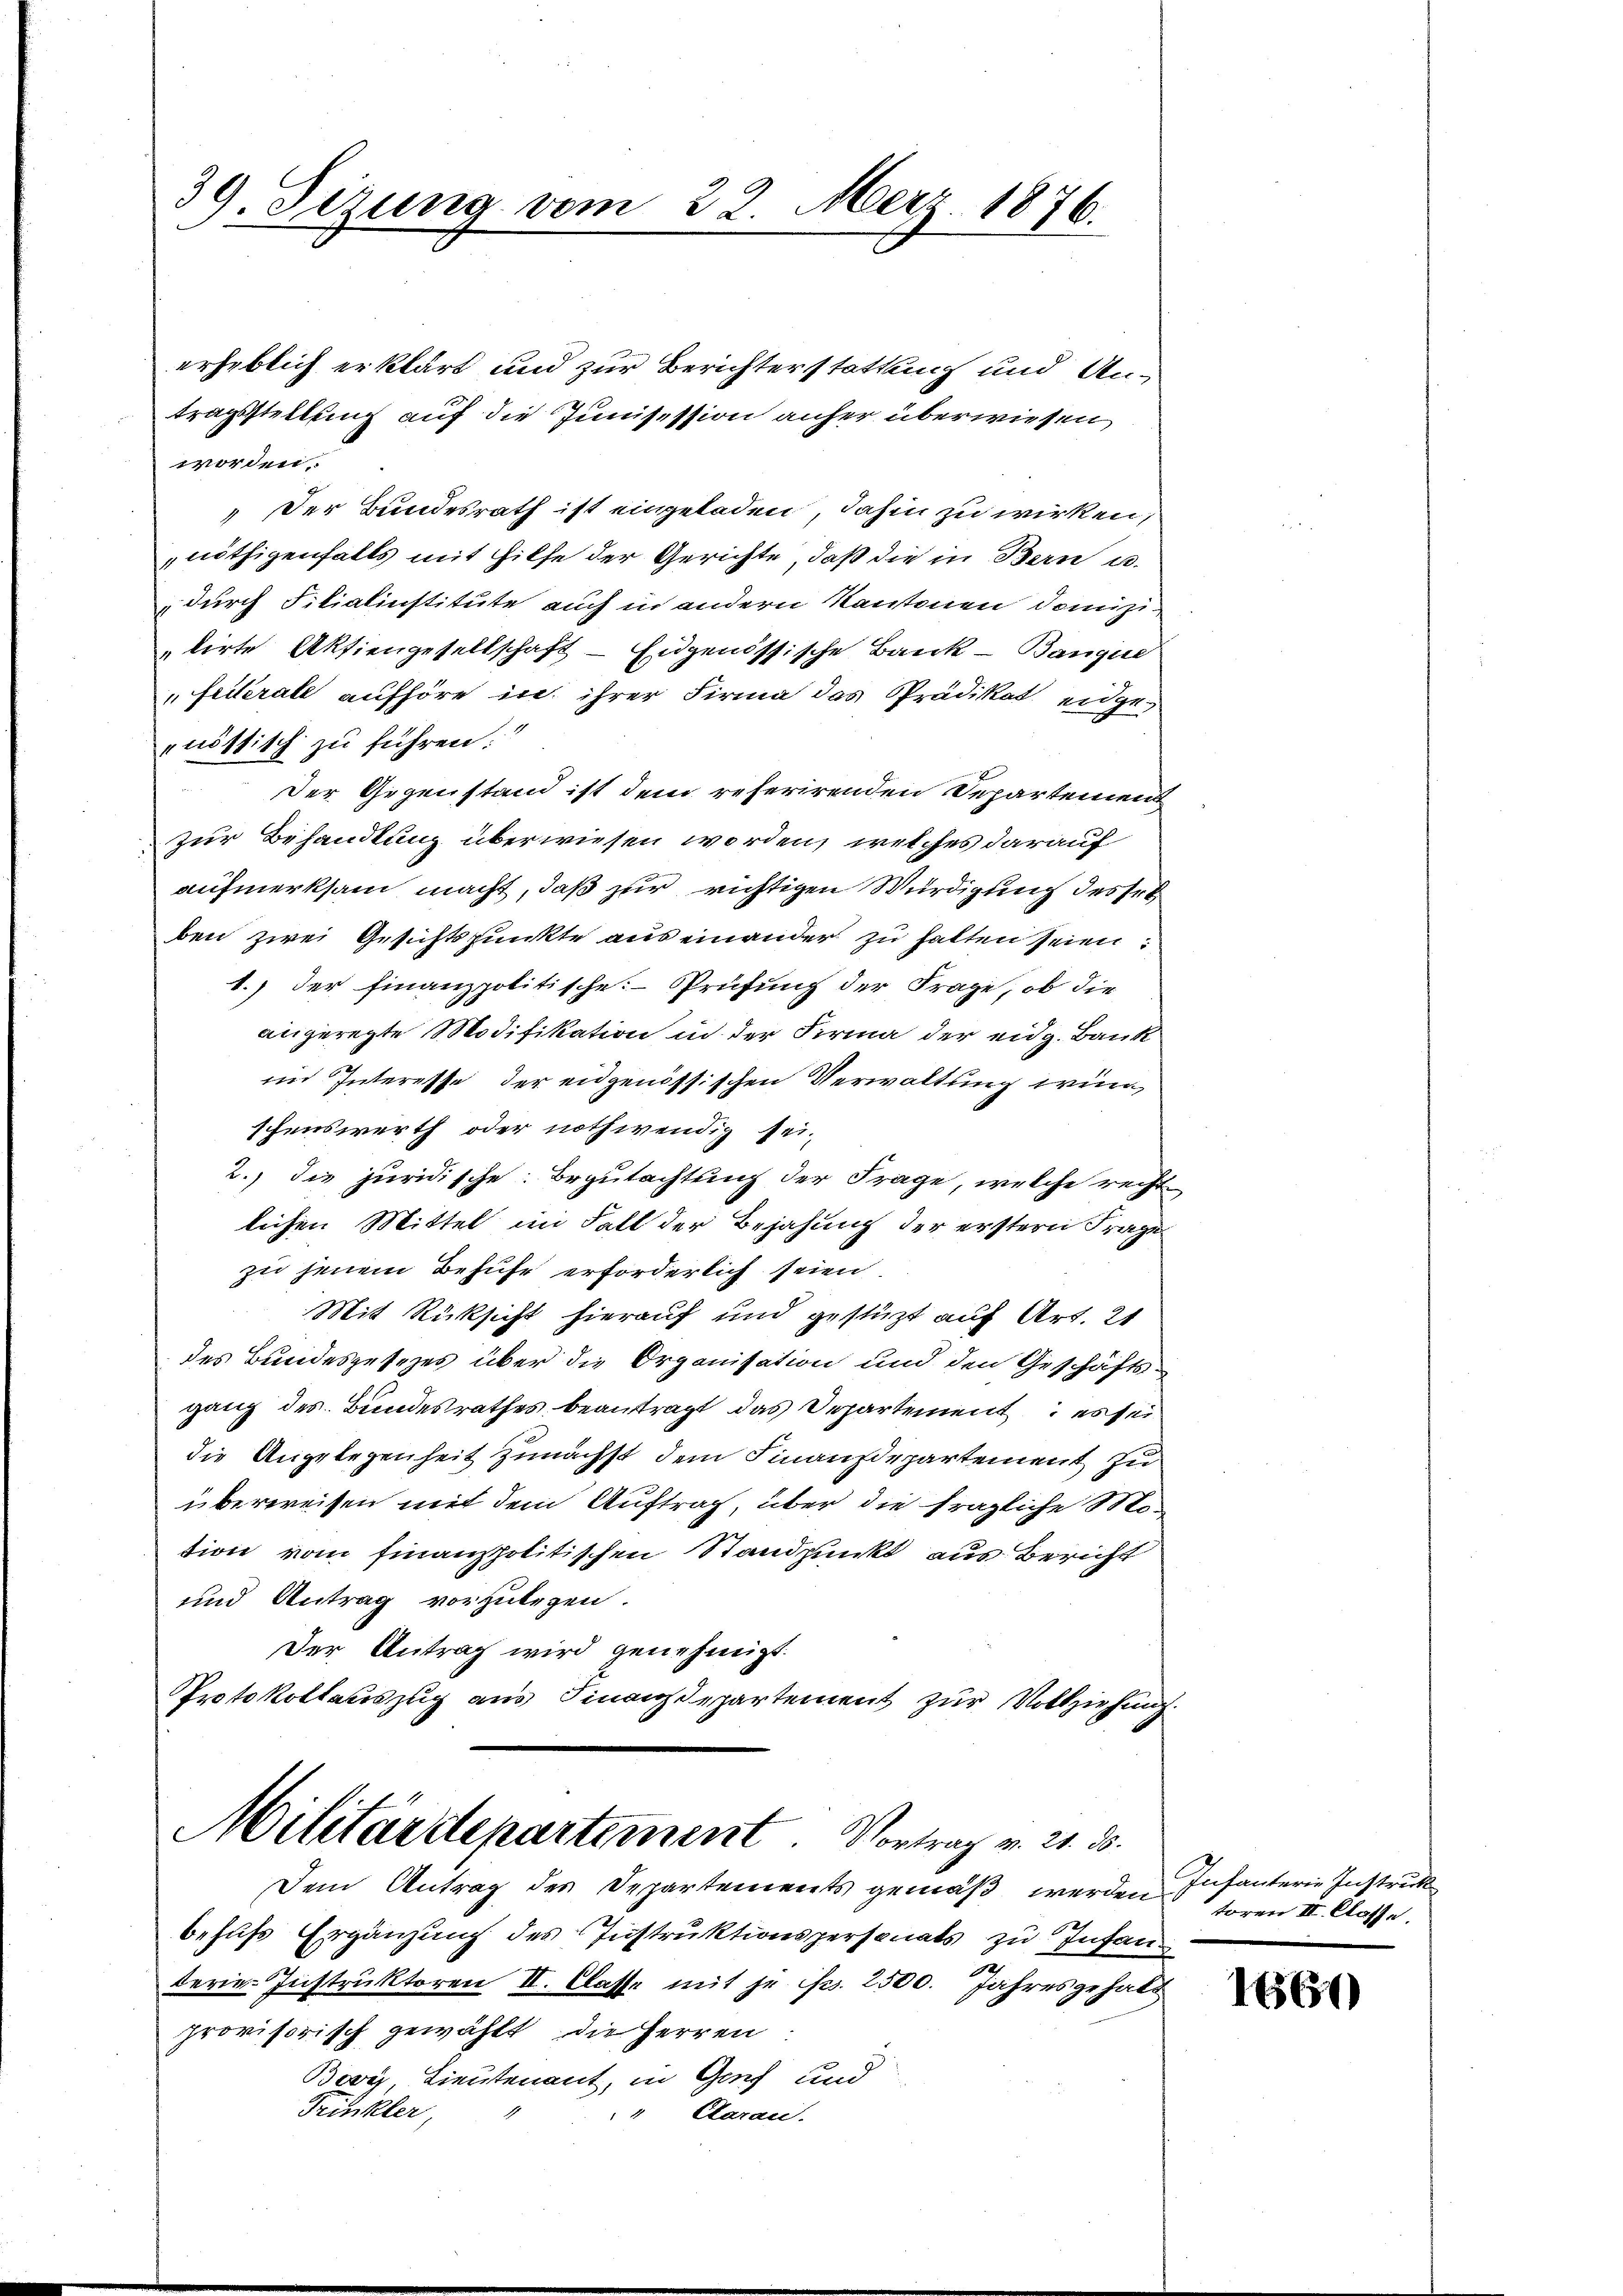
39. Sezung vom 22. März 1876.

erheblich erklärt und zur Berichterstattung und Untragsstellung auf die Junisession anher überwiesen
worden.
" Der Bundesrath ist eingeladen, dahin zu wirken,
nöthigenfalls mit Hilfe der Gerichte, daß die in Bern u.
durch Filiatinstitute auch in andern Kantonen Domizilirte Aktiengesellschaft - Eidgenössische Bank- Bangel
feilerate aufhöre in ihrer Firma das Prädikat eidgenöttisch zu führen.
Der Gegenstand ist dem referirenden Departemen
zur Behandlung überwiesen worden, welches darauf
aufmerksam macht, daß zur richtigen Würdigung desse
ben zwei Gesichtspunkte aus einander zu halten seien:
1.) der finanzpolitische Prüfung der Frage, ob die
angeregte Modifikation in der Firma der eidg. Bank
im Interesse der eidgenössischen Verwaltung wird,
schenswerth oder nothwendig sei.
2.) Die juridische: Begutachtung der Frage, welche recht
lichen Mittel im Fall der Bejahung der erstern Frage
zu jenem Befuhr erforderlich seien.
Mit Rüksicht hierauf und gestützt auf Art. 21
des Bundesgesezes über die Organisation und den Geschäftsganz des Bundesrathes beantragt, das Departement es sei
die Angelegenheit zunächst dem Finanzdepartement zu
überweisen mit dem Auftrag, über die fragliche Motion vom finanzpolitischen Standpunkt aus Bericht
und Antrag vorzulegen.
Der Antrag wird genehmigt.
Protokollauszug aus Finanzdepartement zur Vollziehung
Militärdepartement Vortrag v. 21. ds.
Dem Antrag des Departements gemäß werden
behufs Ergänzung des Instruktionspersonats zu Infan
terie Instruktoren II. Classe mit je Fr. 2500. Jahresgehalt
provisorisch gewählt, die Herren
Boy Lieutenant, in Genf und
Trinkler
Caran.

Infanterie Instruk
toren II. Classe

1667)